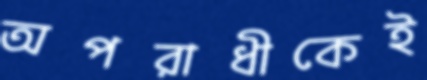
অপরাধীকেই